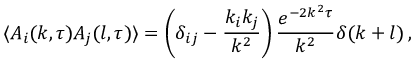
\langle A _ { i } ( k , \tau ) A _ { j } ( l , \tau ) \rangle = \left( \delta _ { i j } - \frac { k _ { i } k _ { j } } { k ^ { 2 } } \right) \frac { e ^ { - 2 k ^ { 2 } \tau } } { k ^ { 2 } } \delta ( k + l ) \, ,